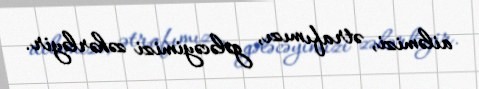
ailəmizi, ətrafımızı, gələcəyimizi zəhərləyir.